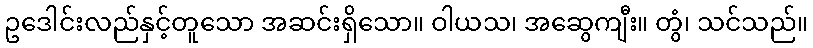
ဥဒေါင်းလည်နှင့်တူသော အဆင်းရှိသော။ ဝါယသ၊ အဆွေကျီး။ တွံ၊ သင်သည်။